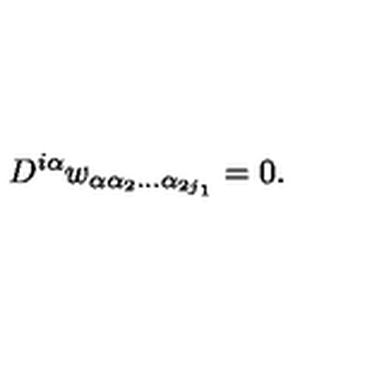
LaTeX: D ^ { i \alpha } w _ { \alpha \alpha _ { 2 } \ldots \alpha _ { 2 j _ { 1 } } } = 0 .